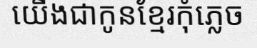
យើងជាកូនខ្មែរកុំភ្លេច